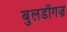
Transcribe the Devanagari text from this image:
बुलडॉगज़